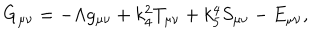
G _ { \mu \nu } = - \Lambda g _ { \mu \nu } + k _ { 4 } ^ { 2 } T _ { \mu \nu } + k _ { 5 } ^ { 4 } S _ { \mu \nu } - E _ { \mu \nu } ,